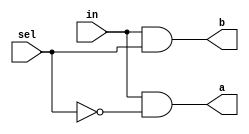
/* mdulo DMux */
/* Leonardo Vecchi Meirelles - 12011ECP002 */

`ifndef _DMux_
`define _DMux_

module DMux(a, b, in, sel);
    input in, sel;
    output a, b;
    wire w1;

    and and0(b, in, sel);
    and and1(a, in, w1);
    not not0(w1, sel);

    // Descrio de conexes internas do mdulo

endmodule

`endif